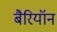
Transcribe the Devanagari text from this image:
बैरियॉन